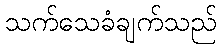
သက်သေခံချက်သည်